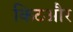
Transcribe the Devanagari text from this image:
किटऔर